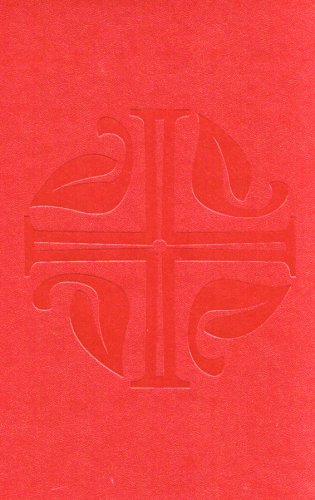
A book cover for Evangelical Lutheran Worship: Pew Edition; Evangelical Lutheran Church in America; Christian Books & Bibles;